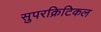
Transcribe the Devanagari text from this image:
सुपरक्रिटिकल